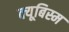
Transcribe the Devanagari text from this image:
क्यूबिस्म